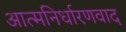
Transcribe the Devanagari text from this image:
आत्मनिर्धारणवाद